Vaccination in Bombay 1889-1901 - 1889-1901
Year: 1889
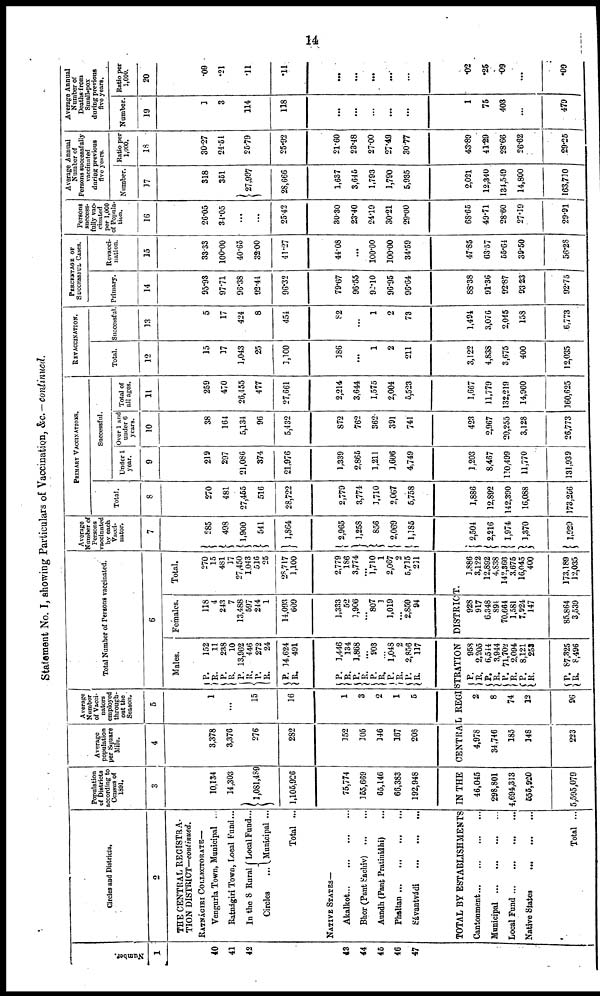
14
Statement No. I, showing Particulars of Vaccination, &c.—continued.
Number.
1
40
41
42
43
44
45
46
47
Circles and Districts.
2
THE CENTRAL REGISTRA-
TION DISTRICT—continued.
RATNÁGIRI COLLECTORATE—
Vengurla Town, Municipal ...
Ratnágiri Town, Local Fund...
In the 8 Rural
Circles ...
Local Fund...
Municipal ...
Total ...
NATIVE STATES—
Akalkot...
...
...
...
Bhor (Pant Sachiv)
...
...
Aundh (Pant Pratinidhi) ...
Phaltan...
...
...
...
Sávantvádi...
...
...
Population
of Districts
according to
Census of
1891.
3
10,134
14,303
1,081,489
1,105,926
75,774
155,669
65,146
66,383
192,946
Average
population
per Square
Mile.
4
3,378
3,376
276
282
352
105
146
167
208
Average
Number
of Vacci¬
nators
employed
through-
out the
Season.
5
1
...
15
16
1
3
2
1
5
Total Number of Persons vaccinated.
6
Males.
P.
R.
P.
R.
P.
R.
P.
R.
P.
R.
152
11
238
10
13,962
446
272
24
14,624
491
P.
R.
P.
R. P.
R.
R.
R.
P.
R.
1,446
134
1,868
...
903
...
1,048
2
2,856
117
Females.
118
4
243
7
13,488
597
244
1
14,093
609
1,333
52
1,906
...
807
1
1,019
...
2,859
94
Total.
270 15
481
17
27,450
1,043
516
25
28,717
1,100
2,779
186
3,774
...
1,710
1
2,067
2
5,735
211
TOTAL BY ESTABLISHMENTS IN THE CENTRA L REGISTRATION DISTRICT.
Cantonment...
...
...
...
Municipal ... ... ... ...
Local Fund ... ... ... ...
Native States
... ... ...
Total ...
46,045
298,801
4,694,313
555,920
5,595,079
4,978
34,746
185
148
223
2
8
74
12
96
P.
R.
P.
R. P.
R.
P.
P.
P.
R.
958
2,205
6,544
3,944
71,702
2,094
8,121
253
87,325
8,496
928
917
6,348
894
70,664
1,581
7,924
147
85,864
3,539
1,886
3,122
12,892
4,838
142,366
3,675
16,045
400
173,189
12,035
Average
Number of
Persons
vaccinated
by each
Vacci¬
nator.
7
285
498
1,900
541
1,864
2,965
1,258
856
2,069
1,185
2,504
2,216
1,974
1,370
1,929
PRIMARY VACCINATIONS.
Total.
8
270
481
27,455
516
28,722
2,779
3,774
1,710
2,067
5,758
1,886
12,892
142,390
16,088
173,256
Successful.
under 1
year.
9
219
297
21,086
374
21,976
1,339
2,865
1,211
1,606
4,749
1,203
8,467
110,499
11,770
131,939
Over 1 and
under 6
years.
10
38
164
5,134
96
5,432
872
762
362
391
741
423
2,967
20,255
3,128
26,773
Total of
all ages.
11
259
470
26,455
477
27,661
2,214
3,644
1,575
2,004
5,523
1,667
11,779
132,219
14,960
360,625
REVACCINATION.
Total.
12
15
17
1,043
25
1,100
186
...
1
2
211
3,122
4,838
3,675
400
12,035
Successful.
13
5
17
424
8
454
82
...
1
2
73
1,494
3,076
2,045
158
6,773
PERCENTAGE OF
SUCCESSFUL CASES.
Primary.
14
95.93
97.71
96.38
92.44
96.32
79.67
96.55
92.10
96.95
96.64
88.38
91.36
92.87
93.23
92.75
Revacci¬
nation.
15
33.33
100.00
40.65
32.00
41.27
44.08
...
100.00
100.00
34.59
47.85
63.57
55.64
39.50
56.28
Persons
success-
fully vac-
cinated
per 1,000
of Popula-
tion.
16
26.05
34.05
...
...
25.42
30.30
23.40
24.19
30.21
29.00
68.65
49.71
28.60
27.19
29.91
Average Annual
Number of
Persons successfully
vaccinated
during previous
five years.
Number.
17
318
351
27,997
28,666
1,637
3,645
1,793
1,790
5,935
2,021
12,340
134,549
14,800
163,710
Ratio per
1,000.
18
30.27
24.51
25.79
25.92
21.60
23.48
27.00
27.49
30.77
43.89
41.29
28.66
26.62
29.25
Average Annual
Number of
Deaths from
Small-pox
during previous
five years.
Number.
19
1
3
114
118
...
...
...
...
...
1
75
403
...
479
Ratio per
1,000.
20
.09
.21
.11
.11
...
...
...
...
...
.02
.25
.09
...
.09